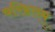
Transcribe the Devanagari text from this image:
बरिष्ठतम्